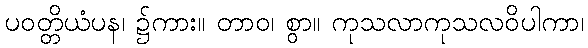
ပဝတ္တိယံပန၊ ၌ကား။ တာဝ၊ စွာ။ ကုသလာကုသလဝိပါကာ၊